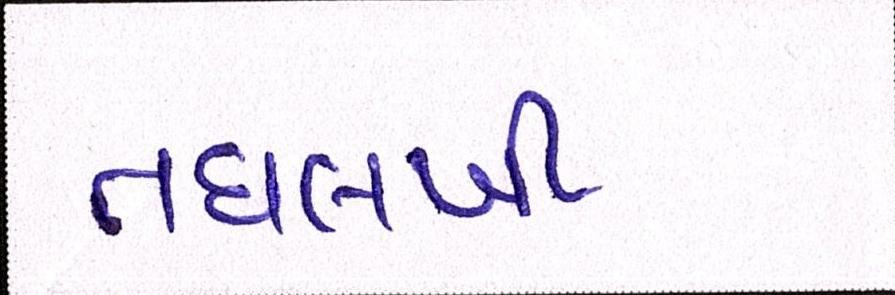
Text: તઘલખી